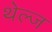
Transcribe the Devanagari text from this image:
थेल्ज